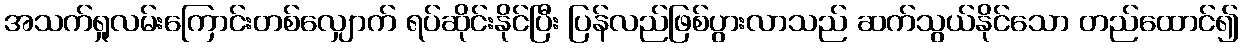
အသက်ရှုလမ်းကြောင်းတစ်လျှောက် ရပ်ဆိုင်းနိုင်ပြီး ပြန်လည်ဖြစ်ပွားလာသည် ဆက်သွယ်နိုင်သော တည်ထောင်၍